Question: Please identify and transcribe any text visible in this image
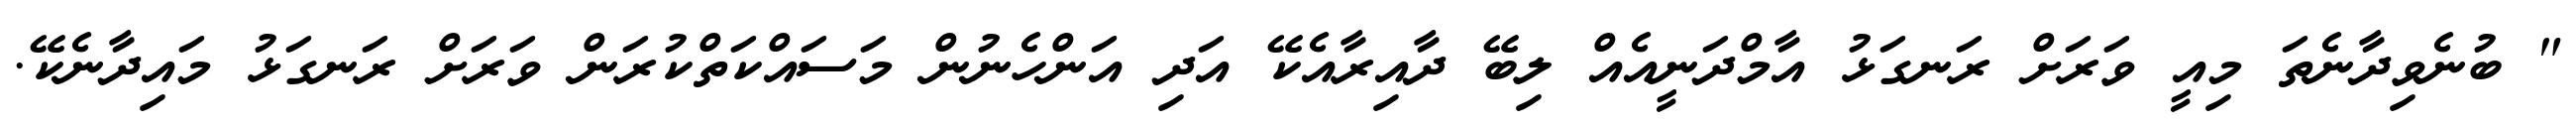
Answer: " ބުނެވިދާނެތަ މިއީ ވަރަށް ރަނގަޅު އާމްދަނީއެއް ލިބޭ ދާއިރާއެކޭ އަދި އަންހެނުން މަސައްކަތްކުރަން ވަރަށް ރަނގަޅު މައިދާނެކޭ.